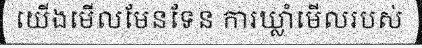
យើងមើលមែនទែន ការឃ្លាំមើលរបស់